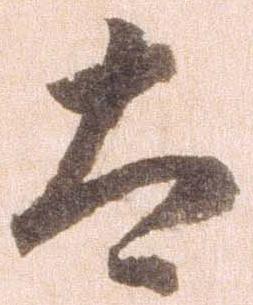
太